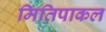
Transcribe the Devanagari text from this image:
मितिपाकल